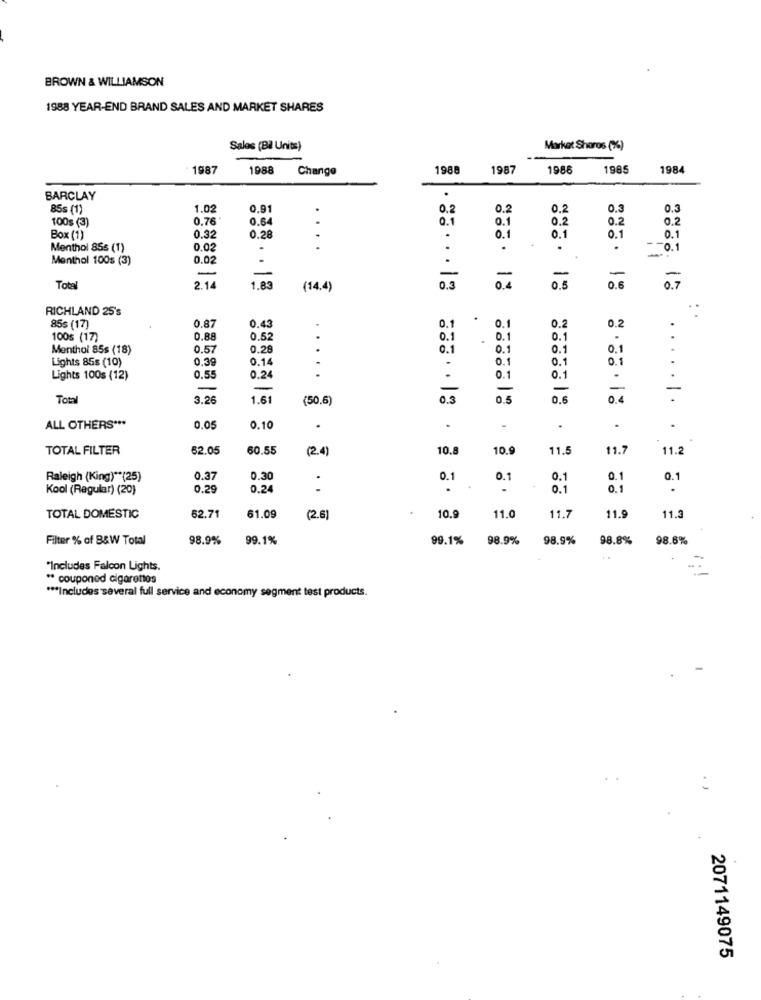
BROWN & WILLIAMSON
1988 YEAR-END BRAND SALES AND MARKET SHARES
Sales (Bil Units)
Market Shoros (%)
1987
1988
Change
1988
1987
1986
198
198
BARCLAY
85s (1)
1.02
0.9
0.2
0.2
0.2
0.3
0.3
100$ (3)
0.76
0.64
0.1
0.1
0,2
0.2
0.2
..
Box (1)
0.32
0.21
.
.
0.1
0.1
0.1
0.1
Menthol 855 (1)
0.02
.
.
.
.
- - 0.1
Menthol 100s (3)
0.02
.
-
-
Tota
2.14
1.83
(14.4)
0.3
0.5
0.8
0.7
RICHLAND 25's
..
.
85s (17)
0.87
0.45
0.1
0.1
0.2
0.2
.
100s (17)
0.88
0.5
0.1
.
0.1
0.1
.
Menthol 85s (18)
0.57
0.28
0.1
0.1
0.1
0.1
Lights 85s (10)
0.39
0.1
0.1
0.1
0.1
.
Lights 100s (12)
0.55
0.24
0.1
0.1
.
-
-
-
-
-
-
-
Tot
3.26
1.61
(50.6)
0.3
0.5
0.6
0.0
.
ALL OTHERS ***
0.0
0.10
.
.
.
TOTAL FILTER
62.05
60.55
(2.4)
10.
10.9
11.5
11.7
11.2
Raleigh (King) ** (25)
0.37
0.30
0.1
0.1
0.1
0.1
0.1
Kool (Regular) (20)
0.26
0.24
.
0.1
0.1
.
62.71
TOTAL DOMESTIC
61.09
(2.6)
10.
11.0
11.7
11.9
11.3
Filter % of B&W Total
98.9%
99.1%
99.1%
98.9%
98.9%
98.8%
98.6%
"Includes Falcon Lights.
..
** couponed cigarettos
*** Includes several full service and economy segment test products.
2071149075